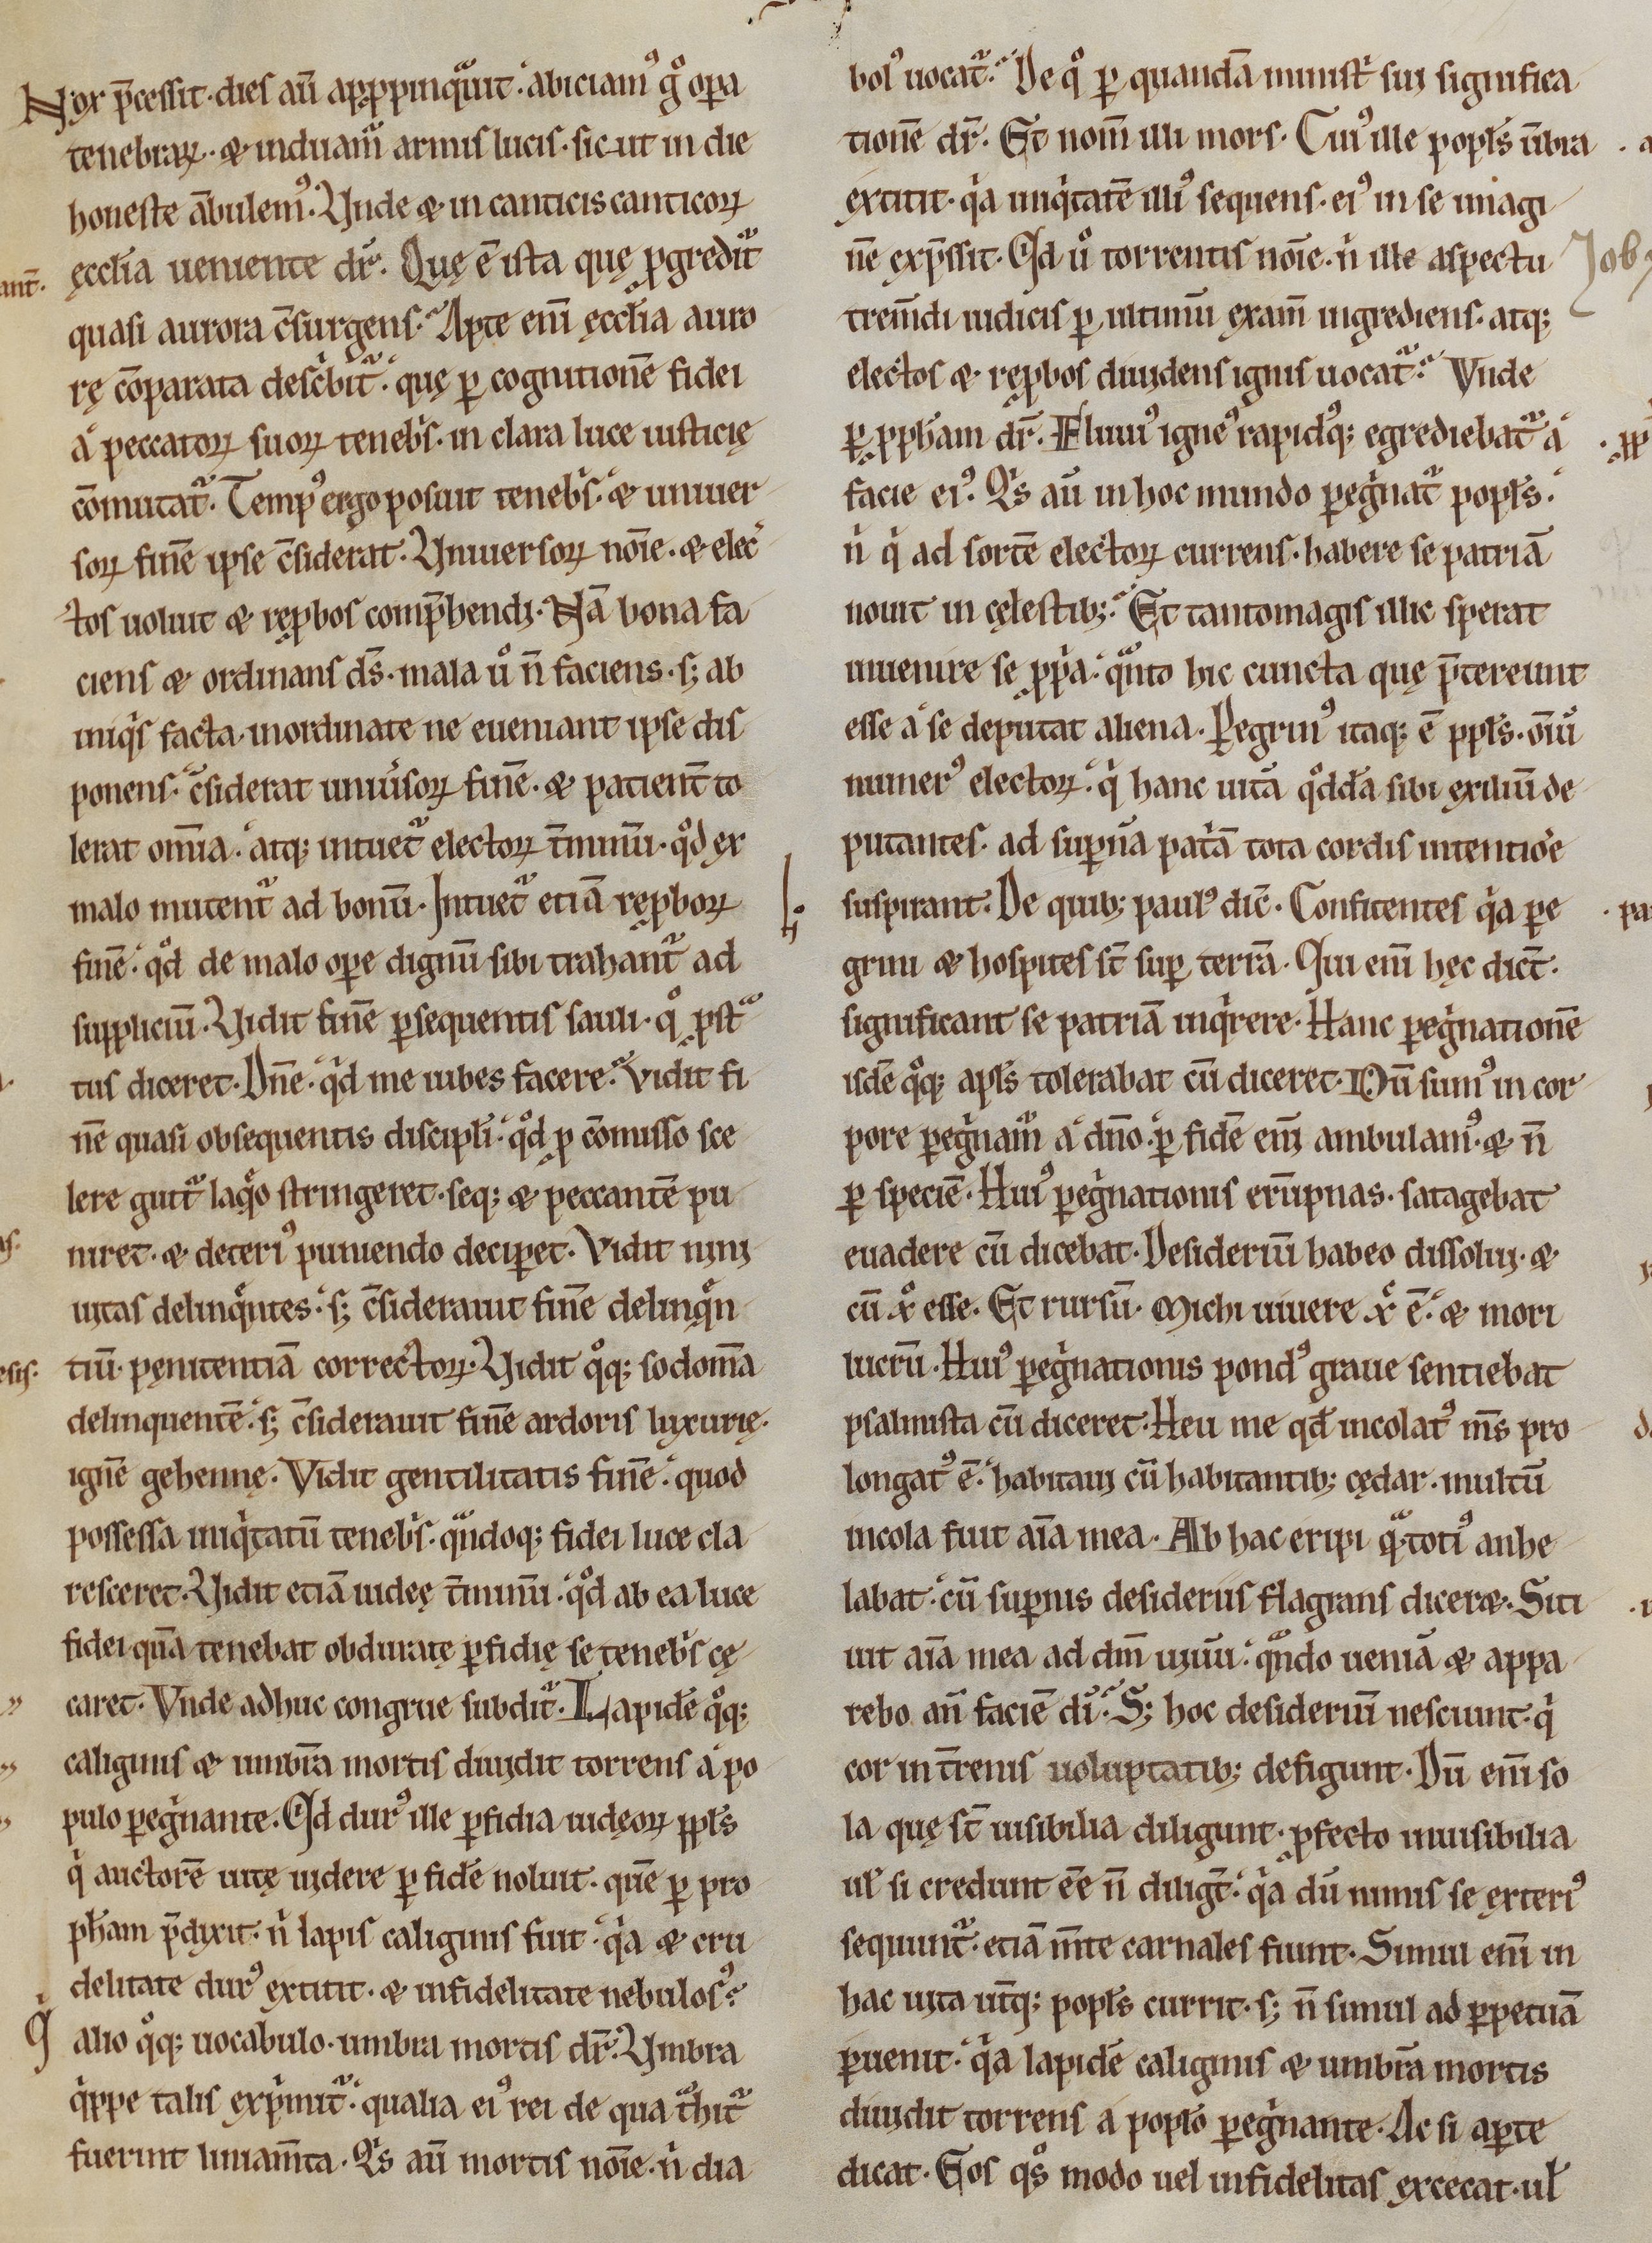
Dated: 1170–1199